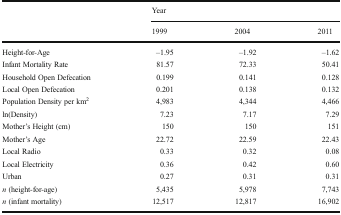
<table><thead><tr><td></td><td colspan="3"><b>Year</b></td></tr><tr><td></td><td><b>1999</b></td><td><b>2004</b></td><td><b>2011</b></td></tr></thead><tbody><tr><td>Height-for-Age</td><td>–1.95</td><td>–1.92</td><td>–1.62</td></tr><tr><td>Infant Mortality Rate</td><td>81.57</td><td>72.33</td><td>50.41</td></tr><tr><td>Household Open Defecation</td><td>0.199</td><td>0.141</td><td>0.128</td></tr><tr><td>Local Open Defecation</td><td>0.201</td><td>0.138</td><td>0.132</td></tr><tr><td>Population Density per km<sup>2</sup></td><td>4,983</td><td>4,344</td><td>4,466</td></tr><tr><td>ln(Density)</td><td>7.23</td><td>7.17</td><td>7.29</td></tr><tr><td>Mother’s Height (cm)</td><td>150</td><td>150</td><td>151</td></tr><tr><td>Mother’s Age</td><td>22.72</td><td>22.59</td><td>22.43</td></tr><tr><td>Local Radio</td><td>0.33</td><td>0.32</td><td>0.08</td></tr><tr><td>Local Electricity</td><td>0.36</td><td>0.42</td><td>0.60</td></tr><tr><td>Urban</td><td>0.27</td><td>0.31</td><td>0.31</td></tr><tr><td><i>n</i> (height-for-age)</td><td>5,435</td><td>5,978</td><td>7,743</td></tr><tr><td><i>n</i> (infant mortality)</td><td>12,517</td><td>12,817</td><td>16,902</td></tr></tbody></table>